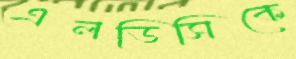
এলডিসিকে